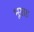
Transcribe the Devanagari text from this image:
भूख़ड